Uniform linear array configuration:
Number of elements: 64
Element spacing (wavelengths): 0.75
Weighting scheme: kaiser
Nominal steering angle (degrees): -15
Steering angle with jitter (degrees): -13.488
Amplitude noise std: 0.05
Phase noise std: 0.05

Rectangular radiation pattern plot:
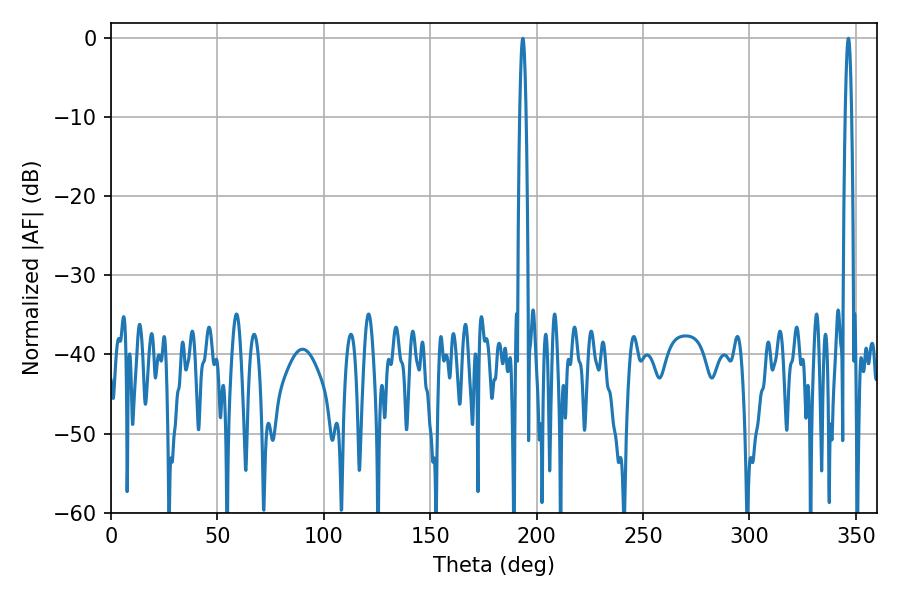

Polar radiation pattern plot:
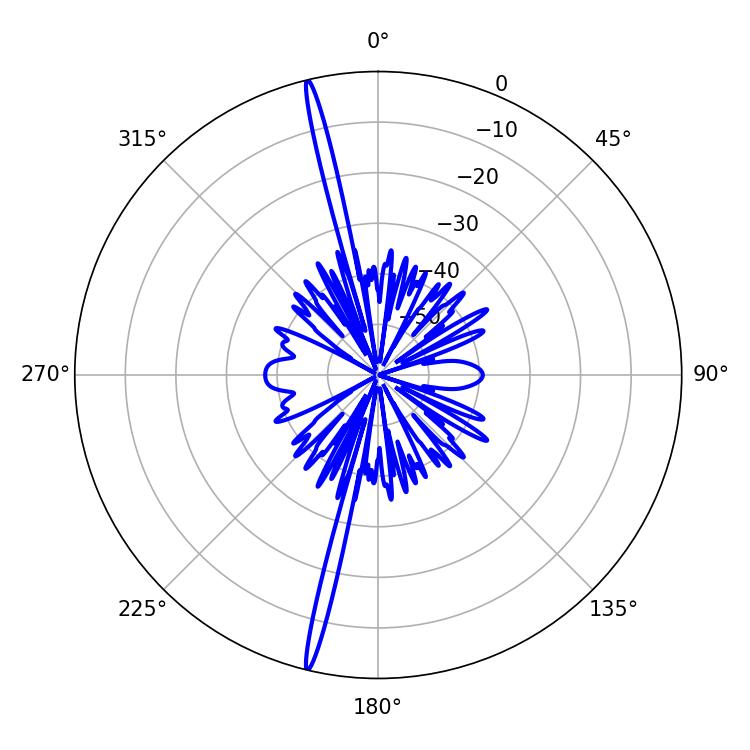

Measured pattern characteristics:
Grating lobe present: TRUE
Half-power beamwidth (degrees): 1.44
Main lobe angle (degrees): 193.5